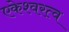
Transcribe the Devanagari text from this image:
एकेश्वरत्व